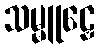
သမ္မူဠှေ